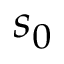
s _ { 0 }